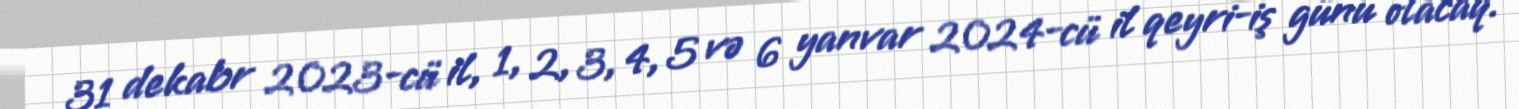
31 dekabr 2023-cü il, 1, 2, 3, 4, 5 və 6 yanvar 2024-cü il qeyri-iş günü olacaq.